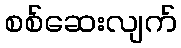
စစ်ဆေးလျက်